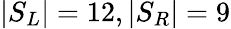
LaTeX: |S_{L}|=12,|S_{R}|=9